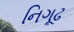
નિગૂઢ